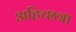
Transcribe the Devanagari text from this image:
अहिच्छत्रा